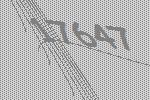
17647